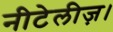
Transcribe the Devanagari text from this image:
नीटेलीज़।